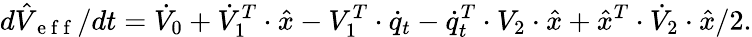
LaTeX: d\hat{V}_{\mathrm{~e~f~f~}}/dt=\dot{V}_{0}+\dot{V}_{1}^{T}\cdot\hat{x}-V_{1}^{T}\cdot\dot{q}_{t}-\dot{q}_{t}^{T}\cdot V_{2}\cdot\hat{x}+\hat{x}^{T}\cdot\dot{V}_{2}\cdot\hat{x}/2.